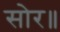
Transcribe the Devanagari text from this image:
सोर॥